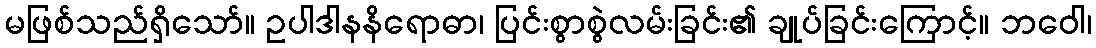
မဖြစ်သည်ရှိသော်။ ဥပါဒါနနိရောဓာ၊ ပြင်းစွာစွဲလမ်းခြင်း၏ ချုပ်ခြင်းကြောင့်။ ဘဝေါ၊